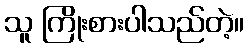
သူ ကြိုးစားပါသည်တဲ့။